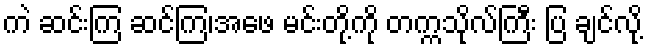
ကဲ ဆင်းကြ ဆင်ကြ၊အဖေ မင်းတို့ကို တက္ကသိုလ်ကြီး ပြ ချင်လို့